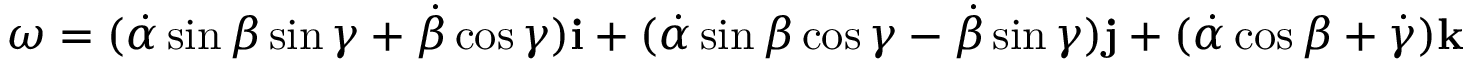
{ \boldsymbol { \omega } } = ( { \dot { \alpha } } \sin \beta \sin \gamma + { \dot { \beta } } \cos \gamma ) \mathbf { i } + ( { \dot { \alpha } } \sin \beta \cos \gamma - { \dot { \beta } } \sin \gamma ) \mathbf { j } + ( { \dot { \alpha } } \cos \beta + { \dot { \gamma } } ) \mathbf { k }